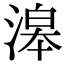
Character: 滜